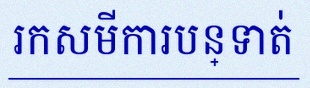
រកសមីការបន្ទាត់